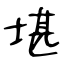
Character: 堪